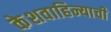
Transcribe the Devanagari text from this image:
केशवाहिन्याची